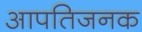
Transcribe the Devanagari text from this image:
आपतिजनक